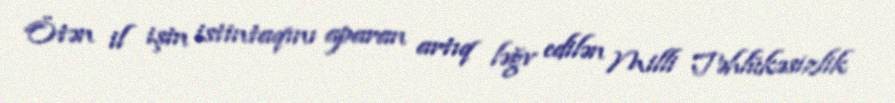
Ötən il işin istintaqını aparan artıq ləğv edilən Milli Təhlükəsizlik